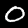
Label: 0